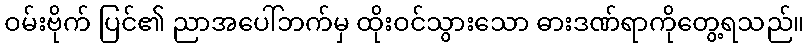
ဝမ်းဗိုက် ပြင်၏ ညာအပေါ်ဘက်မှ ထိုးဝင်သွားသော ဓားဒဏ်ရာကိုတွေ့ရသည်။